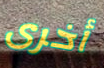
أخرى